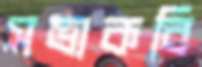
সভাকবি